Civil Veterinary Dept. North-West Frontier Province 1901-22 - 1901-1922
Year: 1901
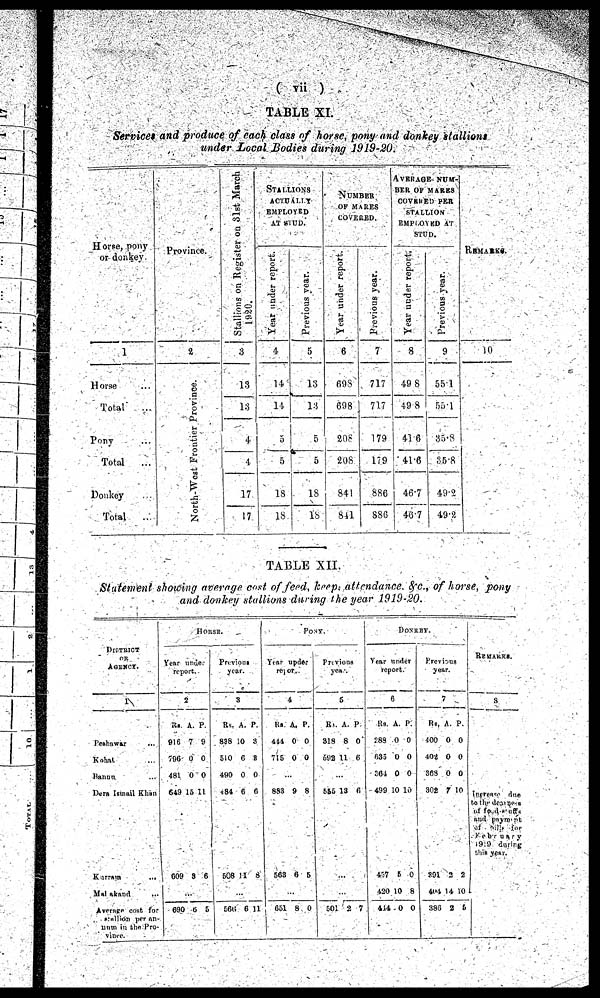
(vii)
TABLE XI.
Services and produce of each class of horse, pony and donkey stallions
under Local Bodies during 1919-20.
Horse, pony
or donkey.
1
Horse ...
Total
...
Pony ...
Total ...
Donkey ...
Total ...
Province.
2
North-West
Frontier Province.
Stallions on Register on 31st March
3
13
13
4
4
17
17
STALLIONS
ACTUALLY
EMPLOYED
AT STUD.
Year under report.
4
14
14
5
5
18
18
Previous year.
5
13
13
5
5
18
18
NUMBER
OF MARES
COVERED.
Year under report.
6
698
698
208
208
841
841
Previous year.
7
717
717
179
179
886
886
AVERAGE NUM¬
BER OF MARKS
COVERED PER
STALLION
EMPLOYED AT
STUD.
Year under report.
8
49.8
49.8
41.6
41.6
46.7
46.7
Previous year.
9
55.1
55.1
35.8
35.8
49.2
49.2
REMARKS.
10
TABLE XII.
Statement showing average cost of feed, keep, attendance, &c., of horse, pony
and donkey stallions during the year 1919-20.
DISTRICT
OR
AGENCY.
1
Peshawar ...
Kohat ...
Bannu ...
Dear Ismail Khan
Kurram
...
Malakand ...
Average cost for
stallion per an¬
num is the Pro¬
vince.
HORSE.
Year under
report.
2
Rs.
916
706
481
649
609
...
690
A.
7
0
0
15
3
6
P.
9
0
0
11
6
5
Previous
Year.
3
Rs.
838
510
490
84
508
...
566
A.
0
6
0
6
11
6
P.
3
8
0
6
8
11
PONY.
Year under
report.
4
Rs.
411
715
...
883
563
...
651
A.
0
0
9
6
8
P.
0
0
8
5
0
Previous
year
5
Rs.
318
592
555
501
A.
8
11
...
13
...
...
2
P.
0
6
6
7
DONKEY.
Year under
report.
6
Rs.
888
633
261
499
437
420
414
A.
0
0
0
10
5
10
0
P.
0
0
0
10
0
8
0
Previous
year.
7
Rs.
400
402
368
302
391
404
385
A
0
0
0
7
2
14
2
P.
0
0
0
10
2
10
5
REMARKS.
8
Increase due
to the decrease
of food stuffs
and payment
of bills for
February
1999 during
this year.